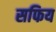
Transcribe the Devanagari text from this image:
सफिय